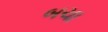
બચા